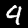
Digit: 9